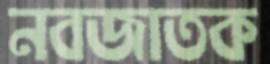
নবজাতক